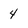
Character: 4